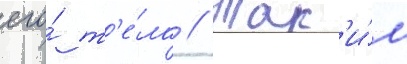
его́ т'е́ла // Так'и́м